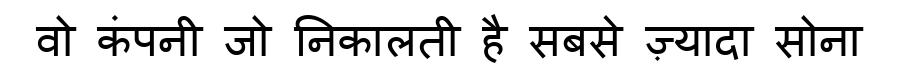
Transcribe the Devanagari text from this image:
वो कंपनी जो निकालती है सबसे ज़्यादा सोना